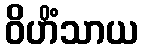
ဝိဟိံသာယ